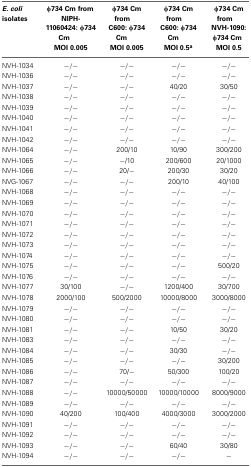
<table><thead><tr><td><b><i>E. coli</i> isolates</b></td><td><b>φ734 Cm from NIPH-11060424: φ734 Cm MOI 0.005</b></td><td><b>φ734 Cm from C600: φ734 Cm MOI 0.005</b></td><td><b>φ734 Cm from C600: φ734 Cm MOI 0.5<sup>a</sup></b></td><td><b>φ734 Cm from NVH-1090: φ734 Cm MOI 0.5</b></td></tr></thead><tbody><tr><td>NVH-1034</td><td>−/−</td><td>−/−</td><td>−/−</td><td>−/−</td></tr><tr><td>NVH-1036</td><td>−/−</td><td>−/−</td><td>−/−</td><td>−/−</td></tr><tr><td>NVH-1037</td><td>−/−</td><td>−/−</td><td>40/20</td><td>30/50</td></tr><tr><td>NVH-1038</td><td>−/−</td><td>−/−</td><td>−/−</td><td>−/−</td></tr><tr><td>NVH-1039</td><td>−/−</td><td>−/−</td><td>−/−</td><td>−/−</td></tr><tr><td>NVH-1040</td><td>−/−</td><td>−/−</td><td>−/−</td><td>−/−</td></tr><tr><td>NVH-1041</td><td>−/−</td><td>−/−</td><td>−/−</td><td>−/−</td></tr><tr><td>NVH-1042</td><td>−/−</td><td>−/−</td><td>−/−</td><td>−/−</td></tr><tr><td>NVH-1064</td><td>−/−</td><td>200/10</td><td>10/90</td><td>300/200</td></tr><tr><td>NVH-1065</td><td>−/−</td><td>−/10</td><td>200/600</td><td>20/1000</td></tr><tr><td>NVH-1066</td><td>−/−</td><td>20/−</td><td>200/30</td><td>30/20</td></tr><tr><td>NVG-1067</td><td>−/−</td><td>−/−</td><td>200/10</td><td>40/100</td></tr><tr><td>NVH-1068</td><td>−/−</td><td>−/−</td><td>−/−</td><td>−/−</td></tr><tr><td>NVH-1069</td><td>−/−</td><td>−/−</td><td>−/−</td><td>−/−</td></tr><tr><td>NVH-1070</td><td>−/−</td><td>−/−</td><td>−/−</td><td>−/−</td></tr><tr><td>NVH-1071</td><td>−/−</td><td>−/−</td><td>−/−</td><td>−/−</td></tr><tr><td>NVH-1072</td><td>−/−</td><td>−/−</td><td>−/−</td><td>−/−</td></tr><tr><td>NVH-1073</td><td>−/−</td><td>−/−</td><td>−/−</td><td>−/−</td></tr><tr><td>NVH-1074</td><td>−/−</td><td>−/−</td><td>−/−</td><td>−/−</td></tr><tr><td>NVH-1075</td><td>−/−</td><td>−/−</td><td>−/−</td><td>500/20</td></tr><tr><td>NVH-1076</td><td>−/−</td><td>−/−</td><td>−/−</td><td>−/−</td></tr><tr><td>NVH-1077</td><td>30/100</td><td>−/−</td><td>1200/400</td><td>30/700</td></tr><tr><td>NVH-1078</td><td>2000/100</td><td>500/2000</td><td>10000/8000</td><td>3000/8000</td></tr><tr><td>NVH-1079</td><td>−/−</td><td>−/−</td><td>−/−</td><td>−/−</td></tr><tr><td>NVH-1080</td><td>−/−</td><td>−/−</td><td>−/−</td><td>−/−</td></tr><tr><td>NVH-1081</td><td>−/−</td><td>−/−</td><td>10/50</td><td>30/20</td></tr><tr><td>NVH-1083</td><td>−/−</td><td>−/−</td><td>−/−</td><td>−/−</td></tr><tr><td>NVH-1084</td><td>−/−</td><td>−/−</td><td>30/30</td><td>−/−</td></tr><tr><td>NVH-1085</td><td>−/−</td><td>−/−</td><td>−/−</td><td>30/200</td></tr><tr><td>NVH-1086</td><td>−/−</td><td>70/−</td><td>50/300</td><td>100/20</td></tr><tr><td>NVH-1087</td><td>−/−</td><td>−/−</td><td>−/−</td><td>−/−</td></tr><tr><td>NVH-1088</td><td>−/−</td><td>10000/50000</td><td>10000/10000</td><td>8000/9000</td></tr><tr><td>NVH-1089</td><td>−/−</td><td>−/−</td><td>−/−</td><td>−/−</td></tr><tr><td>NVH-1090</td><td>40/200</td><td>100/400</td><td>4000/3000</td><td>3000/2000</td></tr><tr><td>NVH-1091</td><td>−/−</td><td>−/−</td><td>−/−</td><td>−/−</td></tr><tr><td>NVH-1092</td><td>−/−</td><td>−/−</td><td>−/−</td><td>−/−</td></tr><tr><td>NVH-1093</td><td>−/−</td><td>−/−</td><td>60/40</td><td>30/80</td></tr><tr><td>NVH-1094</td><td>−/−</td><td>−/−</td><td>−/−</td><td>−</td></tr></tbody></table>